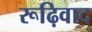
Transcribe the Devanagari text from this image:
रूढ़िवाद